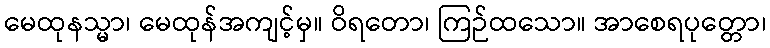
မေထုနသ္မာ၊ မေထုန်အကျင့်မှ။ ဝိရတော၊ ကြဉ်ထသော။ အာစေရပုတ္တော၊